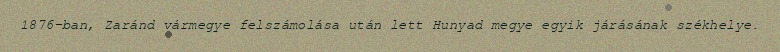
1876-ban, Zaránd vármegye felszámolása után lett Hunyad megye egyik járásának székhelye.